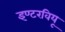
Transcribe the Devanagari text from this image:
इण्टरवियू